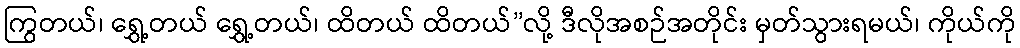
ကြွတယ်၊ ရွှေ့တယ် ရွှေ့တယ်၊ ထိတယ် ထိတယ်”လို့ ဒီလိုအစဉ်အတိုင်း မှတ်သွားရမယ်၊ ကိုယ်ကို